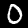
Digit: 0